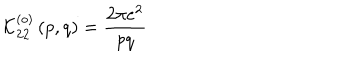
\mathcal { K } _ { 2 2 } ^ { \left( o \right) } \left( p , q \right) = \frac { 2 \pi e ^ { 2 } } { p q }